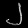
Digit: ၂